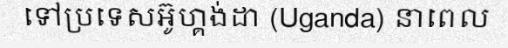
ទៅប្រទេសអ៊ូហ្គង់ដា (Uganda) នាពេល